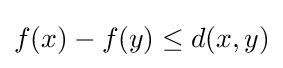
f(x)-f(y)\leq d(x,y)